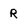
Character: R